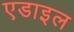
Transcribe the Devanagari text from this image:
एडाइल